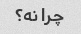
چرا نه؟